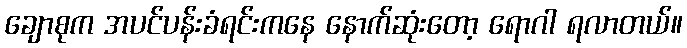
ချောစုက အပင်ပန်းခံရင်းကနေ နောက်ဆုံးတော့ ရောဂါ ရလာတယ်။